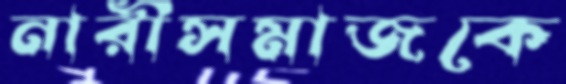
নারীসমাজকে